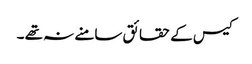
کیس کے حقائق سامنے نہ تھے ۔